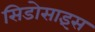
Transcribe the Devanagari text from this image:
सिडोसाइंस